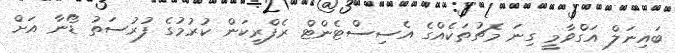
ބައިނަލް އަގްވާމީ ގިނަ މެޗުތަކެއްގެ އެސިސްޓެންޓް ރެފްރީކަން ކުރުމުގެ ފުރުސަތު ޑޯނާ އަށް